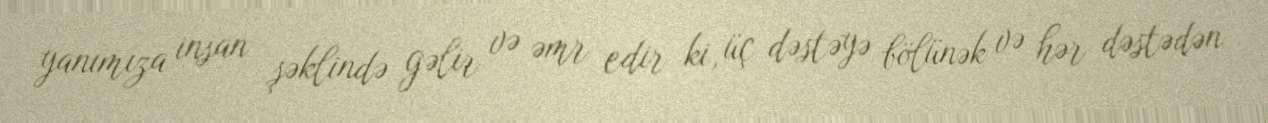
yanımıza insan şəklində gəlir və əmr edir ki, üç dəstəyə bölünək və hər dəstədən